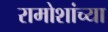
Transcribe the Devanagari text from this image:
रामोशांच्या